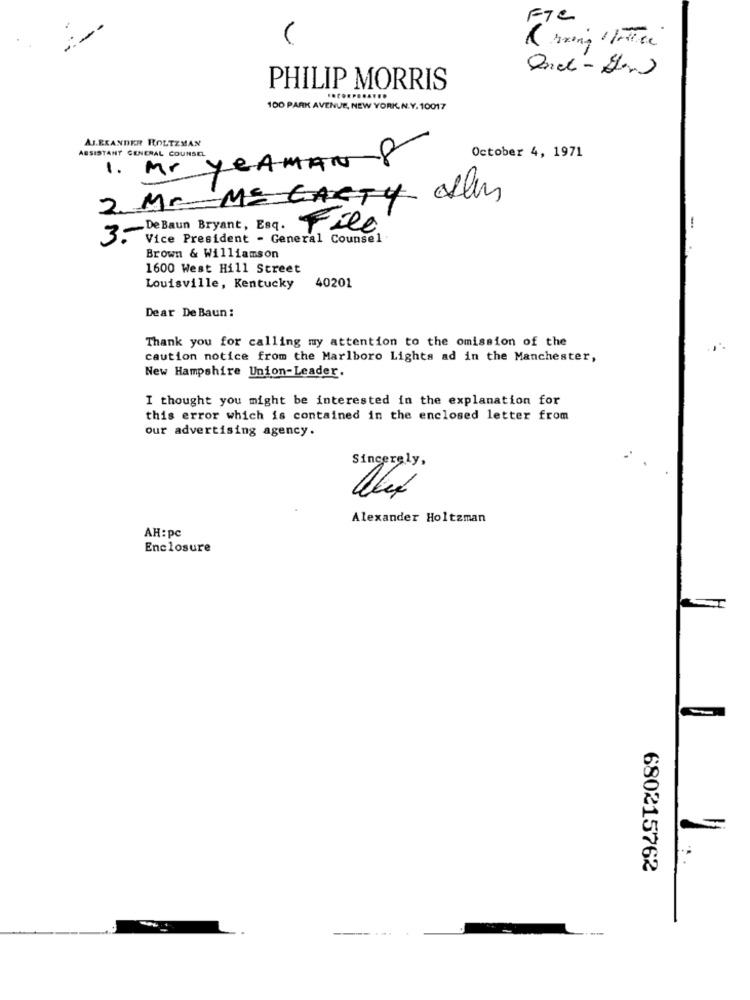
FTC
V
PHILIP MORRIS
100 PARK AVENUE, NEW YORK, N.Y. 10017
ALEXANDER ROLTZMAN
ASSISTANT GENERAL COUNSEL
1. Mr yeAMAN 8
October 4, 1971
2. Mr ME CARTY alm
3-De Baun Bryant, Esq.
File.
-
Vice President - General Counsel
Brown & Williamson
1600 West Hill Street
40201
Louisville, Kentucky
Dear De Baun :
Thank you for calling my attention to the omission of the
caution notice from the Marlboro Lights ad in the Manchester,
New Hampshire Union-Leader.
I thought you might be interested in the explanation for
this error which is contained in the enclosed letter from
our advertising agency.
Sincerely,
Alexander Holtzman
AH: pc
Enclosure
I
680215762